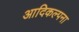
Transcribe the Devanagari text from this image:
आदिकल्पना